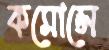
কমোন্সে